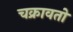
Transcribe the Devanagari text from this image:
चक्रावतो